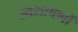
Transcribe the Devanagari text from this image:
स्वभाषणों